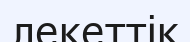
лекеттік